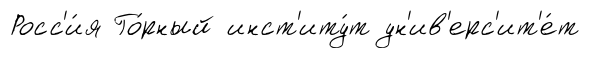
Росс'и́я Го́рный инст'иту́т ун'ив'ерс'ит'е́т